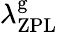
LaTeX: \lambda_{\mathrm{ZPL}}^{\mathrm{g}}